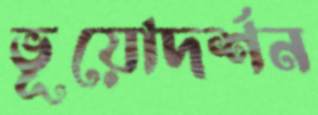
ভূয়োদর্শন